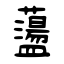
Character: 蘯